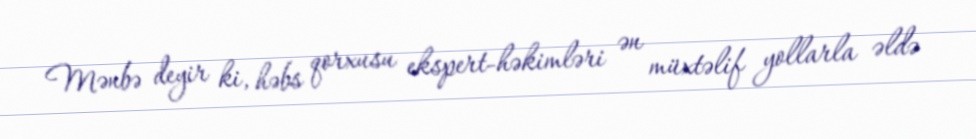
Mənbə deyir ki, həbs qorxusu ekspert-həkimləri ən müxtəlif yollarla əldə